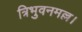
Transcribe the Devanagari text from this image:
त्रिभुवनमल्ल।